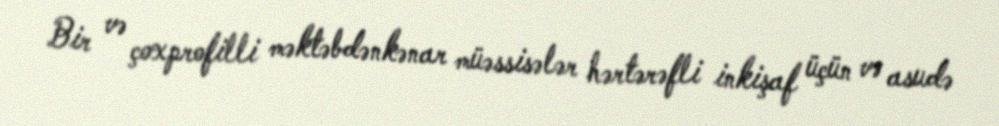
Bir və çoxprofilli məktəbdənkənar müəssisələr hərtərəfli inkişaf üçün və asudə